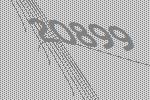
20899